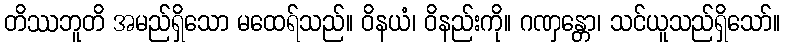
တိဿဘူတိ အမည်ရှိသော မထေရ်သည်။ ဝိနယံ၊ ဝိနည်းကို။ ဂဏှန္တော၊ သင်ယူသည်ရှိသော်။